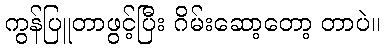
ကွန်ပြူတာဖွင့်ပြီး ဂိမ်းဆော့တော့ တာပဲ။